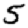
Digit: 5